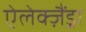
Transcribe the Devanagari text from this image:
ऐलेक्ज़ैंड्रा